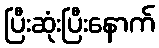
ပြီးဆုံးပြီးနောက်